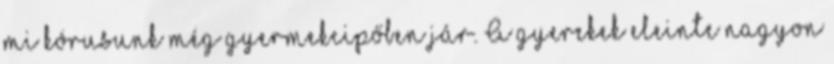
mi kórusunk még gyermekcipőben jár. A gyerekek eleinte nagyon